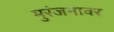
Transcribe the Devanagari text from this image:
मुरंजनावर